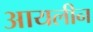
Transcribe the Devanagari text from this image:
आयलीन